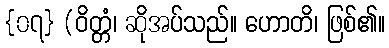
{၀၇} (ဝိတ္တံ၊ ဆိုအပ်သည်။ ဟောတိ၊ ဖြစ်၏။